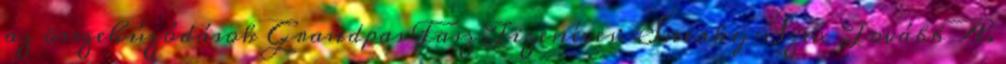
az összehúzódások Grandpas Fasz Tizenéves: Sneaky Szex Tovább A.